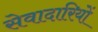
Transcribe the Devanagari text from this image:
सेवादारियों